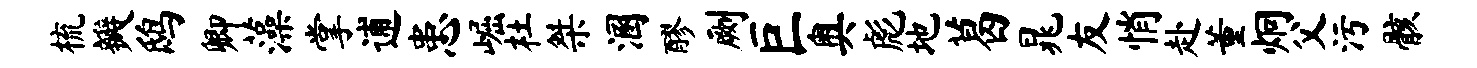
梳瓣鸱卿藻掌逋患崛杜桀溷醪劂巨奥彪地葛晁友悄赴董炯父污骸